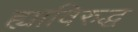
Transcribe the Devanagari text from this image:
ह्याविरुद्ध